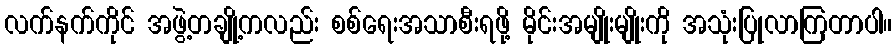
လက်နက်ကိုင် အဖွဲ့တချို့ကလည်း စစ်ရေးအသာစီးရဖို့ မိုင်းအမျိုးမျိုးကို အသုံးပြုလာကြတာပါ။